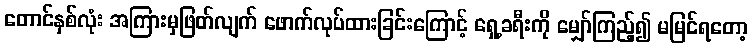
တောင်နှစ်လုံး အကြားမှဖြတ်လျက် ဖောက်လုပ်ထားခြင်းကြောင့် ရှေ့ခရီးကို မျှော်ကြည့်၍ မမြင်ရတော့